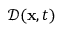
\boldsymbol { \mathcal { D } } ( \mathbf { x } , t )